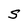
Character: S